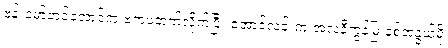
ဗန်းမော်တင်အောင်က ဗကပဘက်လိုက်ပြီး အောင်လင်းက အလံနီကွန်မြူနစ်အနွယ်မို့